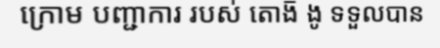
ក្រោម បញ្ជាការ របស់ តោង៑ ងូ ទទួលបាន